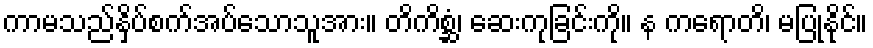
ကာမသည်နှိပ်စက်အပ်သောသူအား။ တိကိစ္ဆံ၊ ဆေးကုခြင်းကို။ န ကရောတိ၊ မပြုနိုင်။